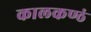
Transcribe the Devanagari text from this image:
कालकण्ठं